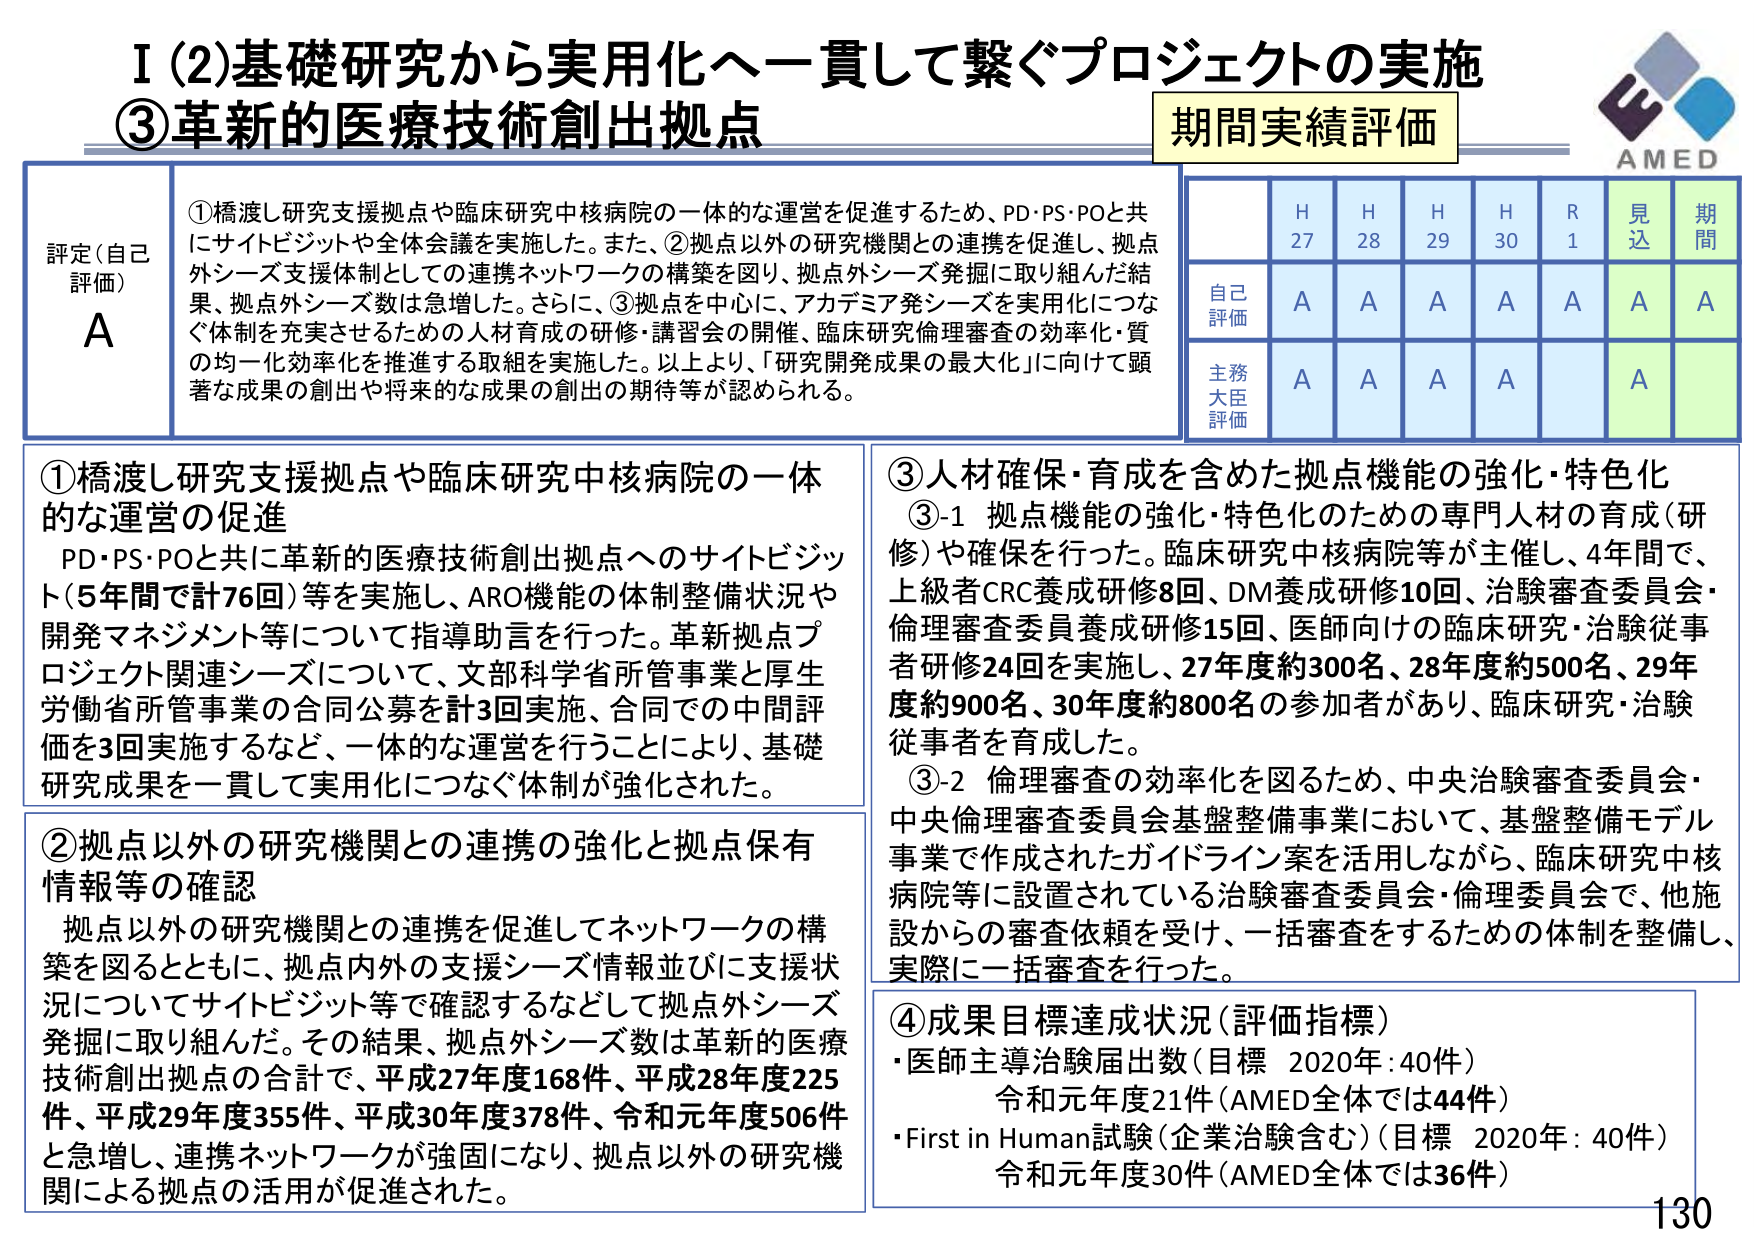
I (2) 基礎研究から実用化へ一貫して繋ぐプロジェクトの実施
③ 革新的医療技術創出拠点

期間実績評価

評定（自己評価）
A

① 橋渡し研究支援拠点や臨床研究中核病院の一体的な運営を促進するため、PD・PS・POと共にサイトビジットや全体会議を実施した。また、②拠点以外の研究機関との連携を促進し、拠点外シーズ支援体制としての連携ネットワークの構築を図り、拠点外シーズ発掘に取り組んだ結果、拠点外シーズ数は急増した。さらに、③拠点を中心に、アカデミア発シーズを実用化につなぐ体制を充実させるための人材育成の研修・講習会の開催、臨床研究倫理審査の効率化・質の均一化効率化を推進する取組を実施した。以上より、「研究開発成果の最大化」に向けて顕著な成果の創出や将来的な成果の創出の期待等が認められる。

H27 H28 H29 H30 R1 見込 期間
自己評価 A A A A A A A
主務大臣評価 A A A A A

① 橋渡し研究支援拠点や臨床研究中核病院の一体的な運営の促進
PD・PS・POと共に革新的医療技術創出拠点へのサイトビジット（5年間で計76回）等を実施し、ARO機能の体制整備状況や開発マネジメント等について指導助言を行った。革新拠点プロジェクト関連シーズについて、文部科学省所管事業と厚生労働省所管事業の合同公募を計3回実施、合同での中間評価を3回実施するなど、一体的な運営を行うことにより、基礎研究成果を一貫して実用化につなぐ体制が強化された。

② 拠点以外の研究機関との連携の強化と拠点保有情報等の確認
拠点以外の研究機関との連携を促進してネットワークの構築を図るとともに、拠点内外の支援シーズ情報並びに支援状況についてサイトビジット等で確認するなどして拠点外シーズ発掘に取り組んだ。その結果、拠点外シーズ数は革新的医療技術創出拠点の合計で、平成27年度168件、平成28年度225件、平成29年度355件、平成30年度378件、令和元年度506件と急増し、連携ネットワークが強固になり、拠点以外の研究機関による拠点の活用が促進された。

③ 人材確保・育成を含めた拠点機能の強化・特色化
③-1 拠点機能の強化・特色化のための専門人材の育成（研修）や確保を行った。臨床研究中核病院等が主催し、4年間で、上級者CRC養成研修8回、DM養成研修10回、治験審査委員会・倫理審査委員養成研修15回、医師向けの臨床研究・治験従事者研修24回を実施し、27年度約300名、28年度約500名、29年度約900名、30年度約800名の参加者があり、臨床研究・治験従事者を育成した。
③-2 倫理審査の効率化を図るため、中央治験審査委員会・中央倫理審査委員会基盤整備事業において、基盤整備モデル事業で作成されたガイドライン案を活用しながら、臨床研究中核病院等に設置されている治験審査委員会・倫理委員会で、他施設からの審査依頼を受け、一括審査をするための体制を整備し、実際に一括審査を行った。

④ 成果目標達成状況（評価指標）
・医師主導治験届出数（目標 2020年：40件）
　令和元年度21件（AMED全体では44件）
・First in Human試験（企業治験含む）（目標 2020年：40件）
　令和元年度30件（AMED全体では36件）

AMED
130